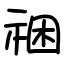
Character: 祵